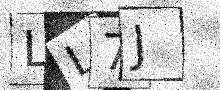
Text: LL7J